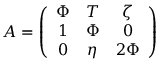
A = \left( \begin{array} { c c c } { { \Phi } } & { { T } } & { { \zeta } } \\ { { 1 } } & { { \Phi } } & { { 0 } } \\ { { 0 } } & { { \eta } } & { { 2 \Phi } } \end{array} \right)